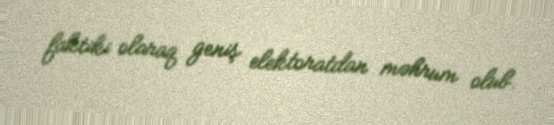
faktiki olaraq geniş elektoratdan məhrum olub.